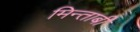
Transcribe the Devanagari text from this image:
मिन्ताबी